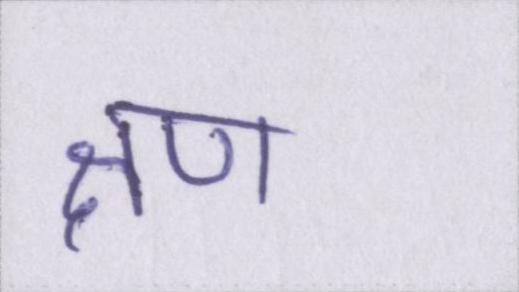
क्षण